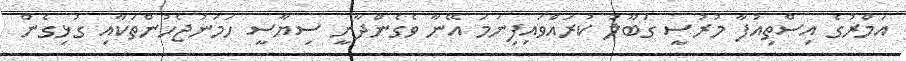
އަމްރުގެ އިސްތިއުފާ މުރުސީ ގަބޫލު ކުރައްވައިފިނަމަ އޭނާ ވެގެންދާނީ ސިޔާސީ ހަމަނުޖެހުންތަކާއި ގުޅިގެން